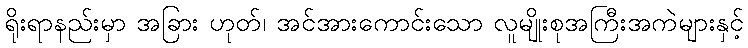
ရိုးရာနည်းမှာ အခြား ဟုတ်၊ အင်အားကောင်းသော လူမျိုးစုအကြီးအကဲများနှင့်